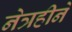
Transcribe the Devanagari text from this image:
नेत्रहीने